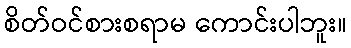
စိတ်ဝင်စားစရာမ ကောင်းပါဘူး။